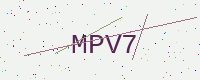
Text: MPV7